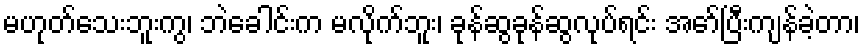
မဟုတ်သေးဘူးကွ၊ ဘဲခေါင်းက မလိုက်ဘူး၊ ခုန်ဆွခုန်ဆွလုပ်ရင်း အော်ပြီးကျန်ခဲ့တာ၊